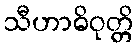
သီဟာဓိဝုတ္တိ